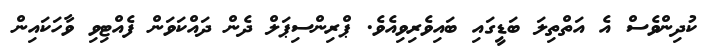
ކުދިންވެސް އެ އަތްތިލަ ބަޑީގައި ބައިވެރިވިއެވެ. ޕްރިންސިޕަލް ދެން ދައްކަވަން ފެއްޓިވި ވާހަކައިން